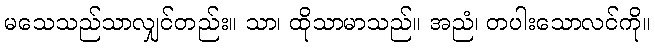
မသေသည်သာလျှင်တည်း။ သာ၊ ထိုသာမာသည်။ အညံ၊ တပါးသောလင်ကို။